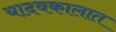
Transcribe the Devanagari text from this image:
यादवकालात